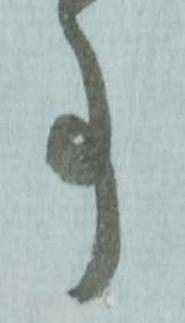
事